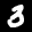
Label: 3